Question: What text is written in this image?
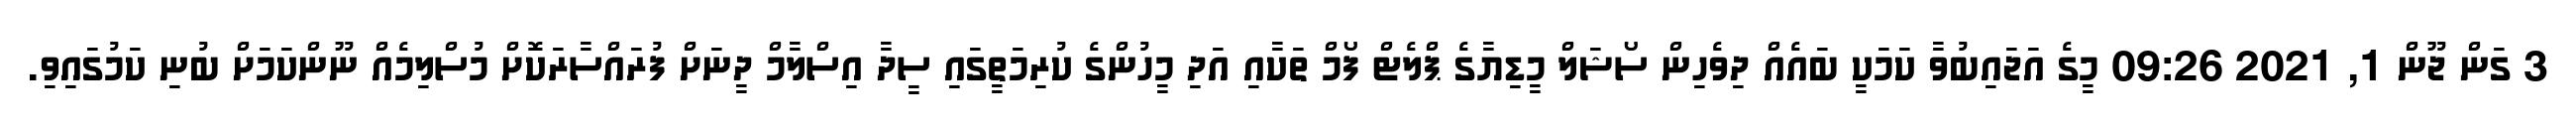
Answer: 3 ގަން ޖޫން 1, 2021 09:26 މީގެ އަޖައިބުވާ ކަމަކީ ބައެއް ދިވެހިން ސޯޝަލް މީޑިޔާގެ ޕްލެޓް ފޯމް ތަކާއި އަދި މީހުންގެ ކުރިމަތީގައި ސީދާ އިސްލާމް ދީނަށް ފުރައްސާރަކޮށް މުސްލިމެއް ނޫންކަމަށް ބުނި ކަމުގައިވި.